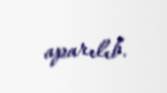
aparılıb.